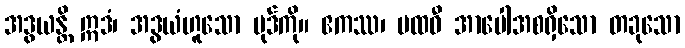
အဒွယန္တိ ဣဒံ၊ အဒွယံဟူသော ပုဒ်ကို။ ဧကဿ၊ ပထဝီ အာပေါအစရှိသော တခုသော